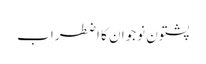
پشتون نوجوان کا اضطراب